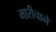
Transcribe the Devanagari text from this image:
मारीचाने